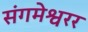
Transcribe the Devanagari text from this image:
संगमेश्वरर